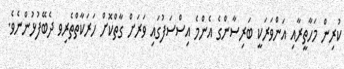
ކުރިން މަހާތީރާއި އަންވަރަކީ ބަރިސާންގެ އެންމެ އިސްސަފުގައި ވަރަށް ގާތްކޮށް ހަރަކާތްތެރިވ ދެބޭފުޅުންނެވެ.